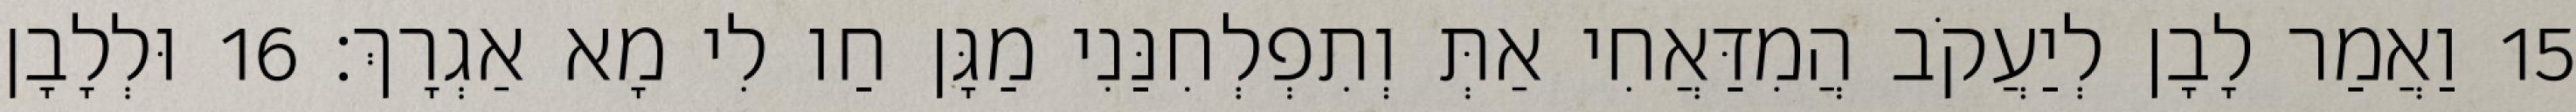
15 וַאֲמַר לָבָן לְיַעֲקֹב הֲמִדַּאֲחִי אַתְּ וְתִפְלְחִנַּנִי מַגָּן חַו לִי מָא אַגְרָךְ׃ 16 וּלְלָבָן